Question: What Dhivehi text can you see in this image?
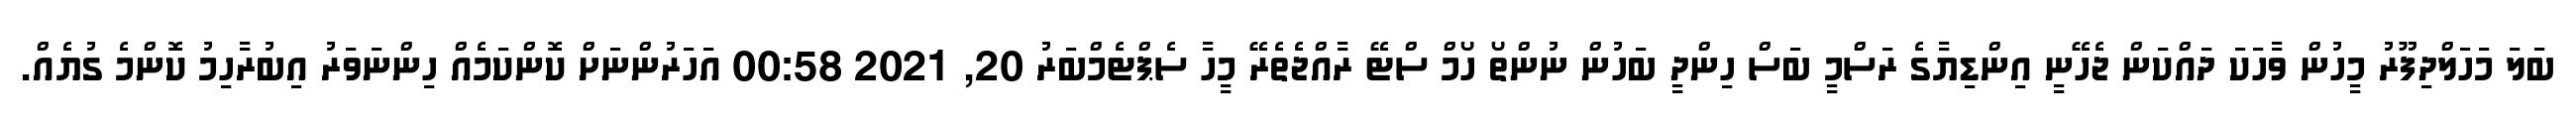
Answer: ބަލަ މަހަލްދިފޫރު މީހުން ވާހަކަ ދައްކަން ޖެހޭނީ އިންޑިޔާގެ ރަސްމީ ބަސް ހިންދީ ބަހުން ނުންތޯ ހޯމް ސްޓޭ ރާއްޖެތެރޭ މީހާ ސެޕްޓެމްބަރު 20, 2021 00:58 އަހަރުންނަށް ކޮންކަމެއް ހިންނަވަރު އިބުރާހިމު ކޮންމެ ގުޔެއް.